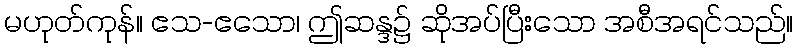
မဟုတ်ကုန်။ ဧသ-ဧသော၊ ဤဆန္ဒ၌ ဆိုအပ်ပြီးသော အစီအရင်သည်။